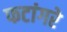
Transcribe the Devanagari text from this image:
फटांगरे